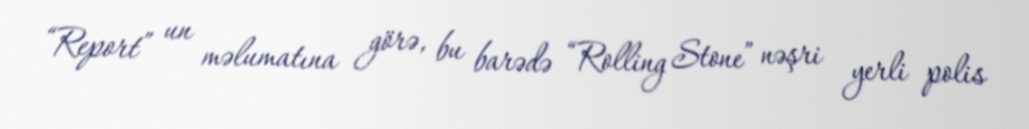
“Report” un məlumatına görə, bu barədə “Rolling Stone” nəşri yerli polis